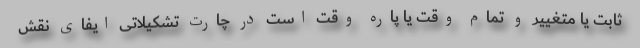
ثابت یا متغییر و تمام وقت یا پاره وقت است در چارت تشکیلاتی ایفای نقش